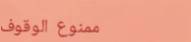
ممنوع الوقوف